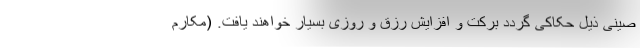
صینی ذیل حکاکی گردد برکت و افزایش رزق و روزی بسیار خواهند یافت. (مکارم